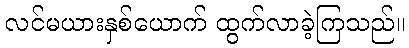
လင်မယားနှစ်ယောက် ထွက်လာခဲ့ကြသည်။